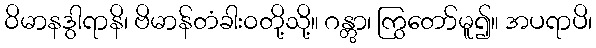
ဝိမာနဒွါရာနိ၊ ဗိမာန်တံခါးဝတို့သို့။ ဂန္တွာ၊ ကြွတော်မူ၍။ အပရာပိ၊